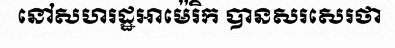
នៅសហរដ្ឋអាម៉េរិក បានសរសេរថា